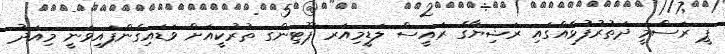
ޕީ ރަސްމީ ދަތުރުފުޅެއްގައި ރަޝިޔާގެ ރައީސް ލަޑީމިއަރ ޕޫޓިންގ ތުރުކީއަށް ވަޑައިގެންފައިވަނީ މިއަދު